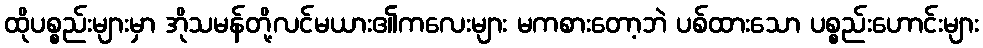
ထိုပစ္စည်းများမှာ အိုသမန်တို့လင်မယား၏ကလေးများ မကစားတော့ဘဲ ပစ်ထားသော ပစ္စည်းဟောင်းများ